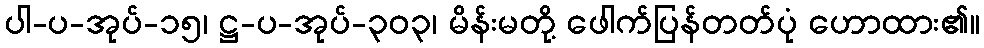
ပါ-ပ-အုပ်-၁၅၊ ဋ္ဌ-ပ-အုပ်-၃၀၃၊ မိန်းမတို့ ဖေါက်ပြန်တတ်ပုံ ဟောထား၏။